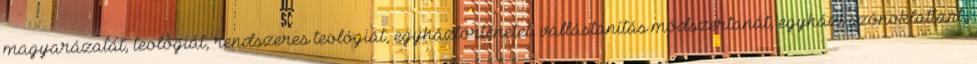
magyarázatát, teológiát, rendszeres teológiát, egyháztörténetet, vallástanítás módszertanát, egyházi szónoklattant,